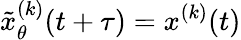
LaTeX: \tilde{x}_{\theta}^{(k)}(t+\tau)=x^{(k)}(t)